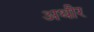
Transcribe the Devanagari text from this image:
अथीर